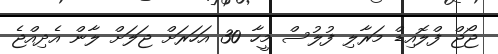
ޖޯޖް ފްލޮއިޑް މަރާލި ފުލުސް މީހާ 30 އަހަރަށް ޖަލަށް ލާން އެދިއްޖެ